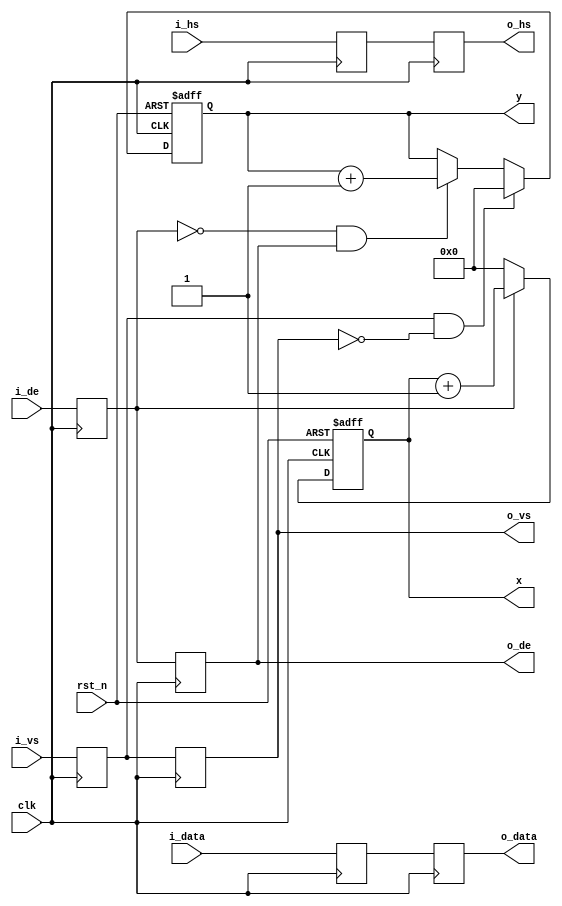
// This program was cloned from: https://github.com/Manistein/let-us-build-a-computer-system
// License: MIT License

//////////////////////////////////////////////////////////////////////////////////
//                                                                              //
//                                                                              //
//          msq@qq.com                                                          //
//          ALINX(shanghai) Technology Co.,Ltd                                  //
//          heijin                                                              //
//     WEB: http://www.alinx.cn/                                                //
//     BBS: http://www.heijin.org/                                              //
//                                                                              //
//////////////////////////////////////////////////////////////////////////////////
//                                                                              //
// Copyright (c) 2017,ALINX(shanghai) Technology Co.,Ltd                        //
//                    All rights reserved                                       //
//                                                                              //
// This source file may be used and distributed without restriction provided    //
// that this copyright statement is not removed from the file and that any      //
// derivative work contains the original copyright notice and the associated    //
// disclaimer.                                                                  //
//                                                                              //
//////////////////////////////////////////////////////////////////////////////////

//================================================================================
//  Revision History:
//  Date          By            Revision    Change Description
//--------------------------------------------------------------------------------
//  2017/7/14    meisq         1.0         Original
//********************************************************************************/
module timing_gen_xy(
	input                   rst_n,   
	input                   clk,
	input                   i_hs,    
	input                   i_vs,    
	input                   i_de,    
	input[23:0]             i_data,  
	output                  o_hs,    
	output                  o_vs,    
	output                  o_de,    
	output[23:0]            o_data,  
	output[11:0]            x,        // video position X
	output[11:0]            y         // video position y
);
reg de_d0;
reg de_d1;
reg vs_d0;
reg vs_d1;
reg hs_d0;
reg hs_d1;
reg[23:0] i_data_d0;
reg[23:0] i_data_d1;
reg[11:0] x_cnt = 12'd0;
reg[11:0] y_cnt = 12'd0;
wire vs_edge;
wire de_falling;
assign vs_edge = vs_d0 & ~vs_d1;  
assign de_falling = ~de_d0 & de_d1;
assign o_de = de_d1;
assign o_vs = vs_d1;
assign o_hs = hs_d1;
assign o_data = i_data_d1;
always@(posedge clk)
begin
	de_d0 <= i_de;
	de_d1 <= de_d0;
	vs_d0 <= i_vs;
	vs_d1 <= vs_d0;
	hs_d0 <= i_hs;
	hs_d1 <= hs_d0;
	i_data_d0 <= i_data;
	i_data_d1 <= i_data_d0;
end
always@(posedge clk or negedge rst_n)
begin
	if(rst_n == 1'b0)
		x_cnt <= 12'd0;
	else if(de_d0 == 1'b1)
		x_cnt <= x_cnt + 12'd1;
	else
		x_cnt <= 12'd0;
end
always@(posedge clk or negedge rst_n)
begin
	if(rst_n == 1'b0)
		y_cnt <= 12'd0;
	else if(vs_edge == 1'b1)
		y_cnt <= 12'd0;
	else if(de_falling == 1'b1)
		y_cnt <= y_cnt + 12'd1;
	else
		y_cnt <= y_cnt;
end
assign x = x_cnt;
assign y = y_cnt;
endmodule